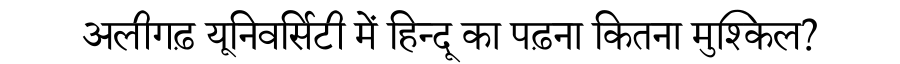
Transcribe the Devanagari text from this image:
अलीगढ़ यूनिवर्सिटी में हिन्दू का पढ़ना कितना मुश्किल?